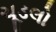
ચૂડલો